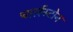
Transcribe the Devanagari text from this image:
चार्लस्टोन